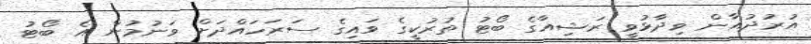
އުރުދުޣާން ވިދާޅުވީ ރަޝިއާގެ ބޯޓު ތުރުކީގެ ވައިގެ ސަރަހައްދަށް ވަނުމުން އެ ބޯޓު